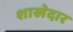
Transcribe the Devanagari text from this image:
शाखेदार